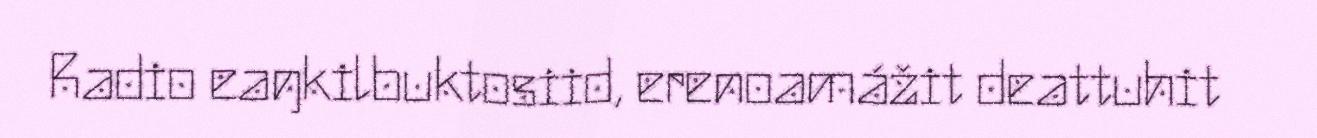
Radio eaŋkilbuktosiid, erenoamážit deattuhit